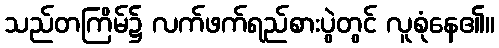
သည်တကြိမ်၌ လက်ဖက်ရည်စားပွဲတွင် လူစုံနေ၏။